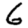
Digit: 6